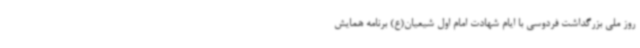
روز ملی بزرگداشت فردوسی با ایام شهادت امام اول شیعیان(ع) برنامه همایش